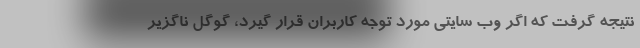
نتیجه گرفت که اگر وب سایتی مورد توجه کاربران قرار گیرد، گوگل ناگزیر